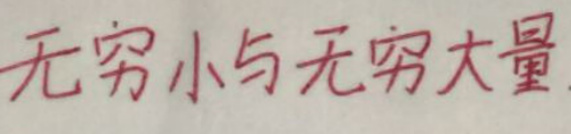
无穷小与无穷大量